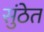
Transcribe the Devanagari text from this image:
सुंठेत